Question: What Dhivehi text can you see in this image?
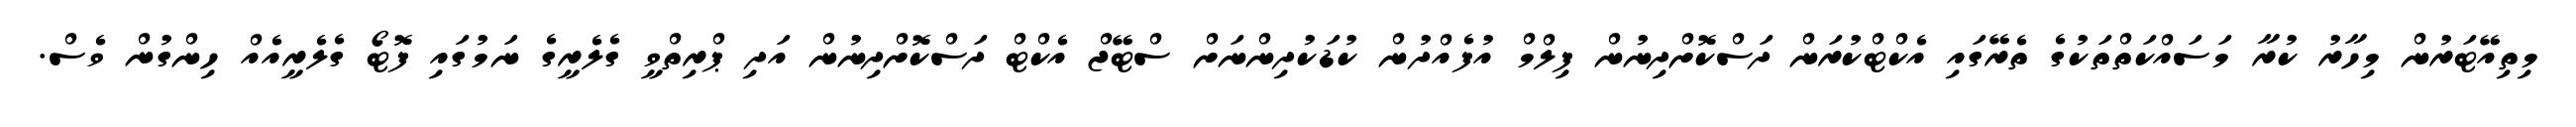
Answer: މިތިއޭޓަރުން މިހާރު ކުރާ މަސައްކަތްތަކުގެ ތެރޭގައި އެކްޓްކުރަން ދަސްކޮށްދިނުން ފިލްމް އުފެއްދުން ކުޑަކުދިންނަށް ސްޓޭޖް އެކްޓް ދަސްކޮށްދިނުން އަދި ޕްރިތްވީ ގެލެރީގެ ނަމުގައި ފޮޓޯ ގެލެރީއެއް ހިންގުން ވެސް.